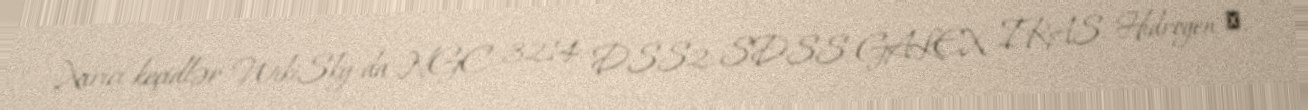
Xarici keçidlər WikiSky-da NGC 3214: DSS2, SDSS, GALEX, IRAS, Hidrogen α,